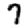
Digit: 7